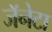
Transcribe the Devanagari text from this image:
जॅनेटा